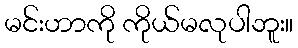
မင်းဟာကို ကိုယ်မလုပါဘူး။